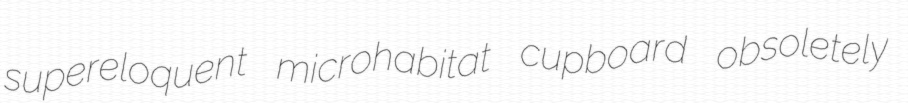
supereloquent microhabitat cupboard obsoletely